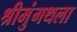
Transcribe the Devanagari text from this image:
श्रीमुंगथला